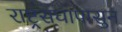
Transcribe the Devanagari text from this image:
राष्ट्रसंघापासुन